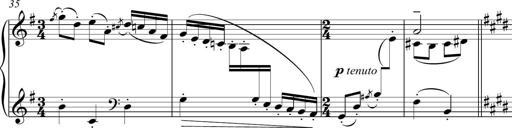
Title: Sonatina del HuÃ©car
Composer: JosÃ© Miguel Moreno Sabio